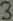
Text: 3